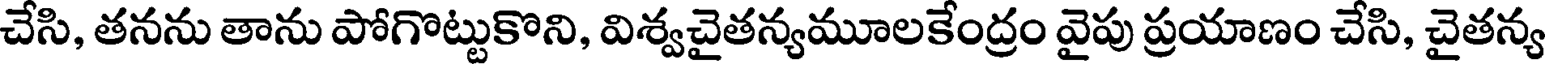
చేసి, తనను తాను పోగొట్టుకొని, విశ్వచైతన్యమూలకేంద్రం వైపు ప్రయాణం చేసి, చైతన్య